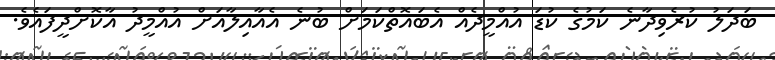
ބަދަލު ކުރެވިދާނެ ކަމުގެ ކުޑަ އުއްމީދެއް އެބައޮތްކަމަށް ބުނެ އެއާއިލާއަށް އުއްމީދު އާކޮށްދީފައެވެ.